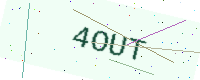
Text: 4OUT